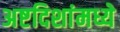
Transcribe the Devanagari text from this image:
अष्टदिशांमध्ये